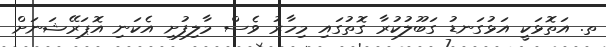
ތ. އަތޮޅަކީ އަޅުގަނޑު ގަބޫލުކުރާ ގޮތުގައި މިހާރު ވެސް މާލިފުށި އެކަނި އޮޕަރޭޝަނަށް